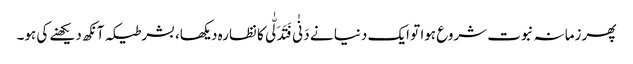
پھر زمانہ نبوت شروع ہوا تو ایک دنیا نے دَنٰی فَتَدَلّٰی کا نظارہ دیکھا، بشرطیکہ آنکھ دیکھنے کی ہو۔